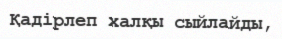
Қадірлеп халқы сыйлайды,